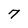
Character: 7